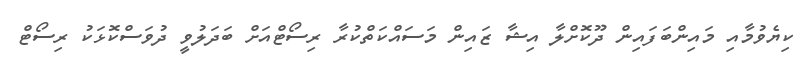
ކިޔެވުމާއި މައިންބަފައިން ދޫކޮށްލާ އިޝާ ޒައިން މަސައްކަތްކުރާ ރިސޯޓްއަށް ބަދަލުވީ ދުވަސްކޮޅަކު ރިސޯޓް